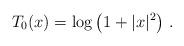
LaTeX: \begin{align*}T_0(x)=\log\left(1+|x|^2 \right)\,.\end{align*}